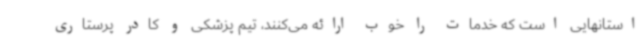
استانهایی است که خدمات را خوب ارائه می‌کنند، تیم پزشکی و کادر پرستاری